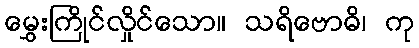
မွှေးကြိုင်လှိုင်သော။ သရိဗောဓိ၊ ကု